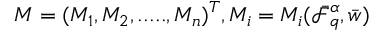
M = ( M _ { 1 } , M _ { 2 } , . . . . . , M _ { n } ) ^ { T } , M _ { i } = M _ { i } ( \bar { \mathcal { F } } _ { q } ^ { \alpha } , \bar { w } )